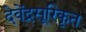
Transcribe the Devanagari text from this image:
देवेंद्रसूरिकृत